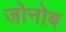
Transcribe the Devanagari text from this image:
जोनोब